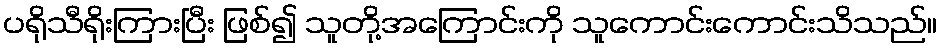
ပရိုသီရိုးကြားပြီး ဖြစ်၍ သူတို့အကြောင်းကို သူကောင်းကောင်းသိသည်။